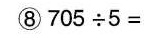
⑧705\div5=